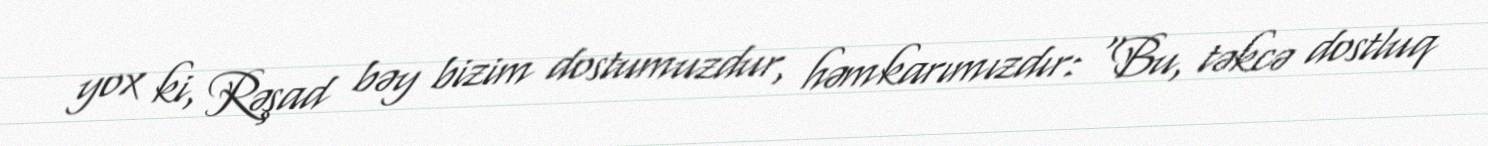
yox ki, Rəşad bəy bizim dostumuzdur, həmkarımızdır: “Bu, təkcə dostluq